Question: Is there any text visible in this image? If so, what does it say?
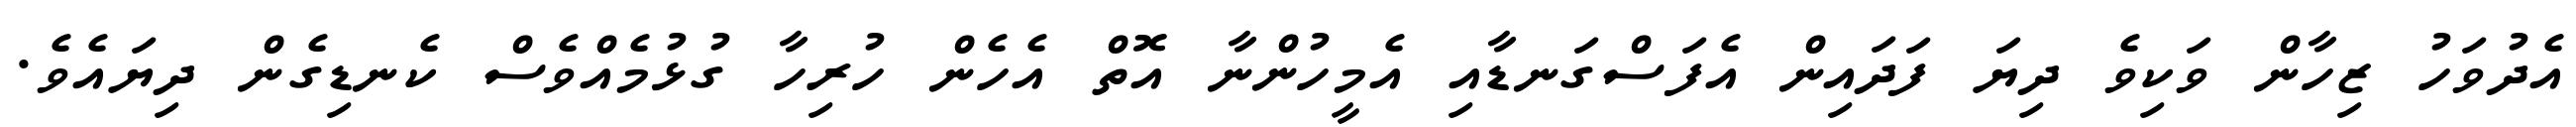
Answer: އެދުވަހު ޒިހާން ވަކިވެ ދިޔަ ފަދައިން އެފަސްގަނޑާއި އެމީހުންނާ އޮތް އެހެން ހުރިހާ ގުޅުމެއްވެސް ކެނޑިގެން ދިޔައެވެ.